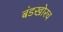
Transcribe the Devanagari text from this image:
बंडखोरच